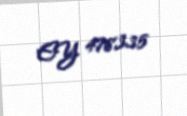
EY 478335